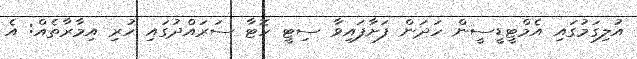
އުލިގަމުގައި އެމްޓީޑީސީން ހަދަން ފަށާފައިވާ ސިޓީ ހޮޓާ ސަރައްދުގައި ހުރި އިމާރާތެއް: އެ